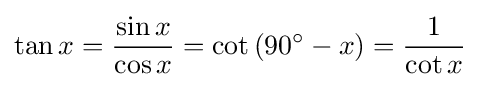
\tan x={\frac {\sin x}{\cos x}}=\cot \left(90^{\circ }-x\right)={\frac {1}{\cot x}}